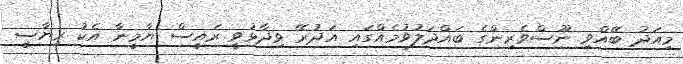
މިއަދު ބޭއްވި ނޫސްވެރިންގެ ބައްދަލުވުމެއްގައި އަދުރޭ ވިދާޅުވީ ރައީސް ޔާމީނާ އެކު ރިޔާސީ